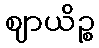
ဈာယိဉ္စ